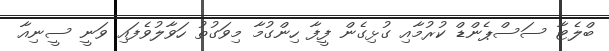
ބްލެޓާ ސަސްޕެންޑް ކުރުމާއި ގުޅިގެން ފީފާ ހިންގުމާ މިވަގުތު ހަވާލުވެފައި ވަނީ ސީނިއާ